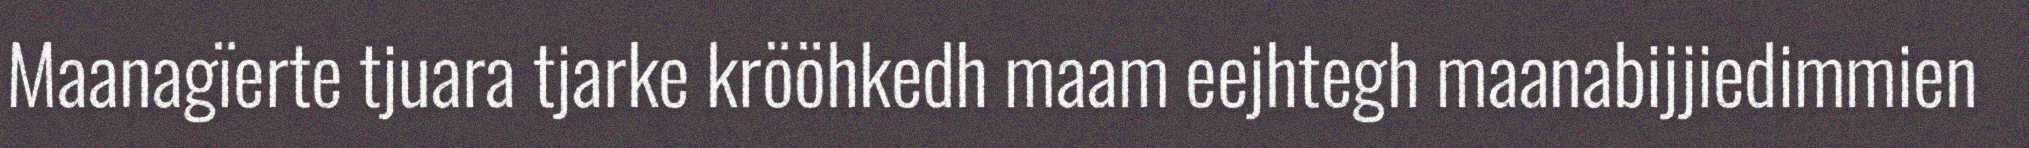
Maanagïerte tjuara tjarke krööhkedh maam eejhtegh maanabijjiedimmien